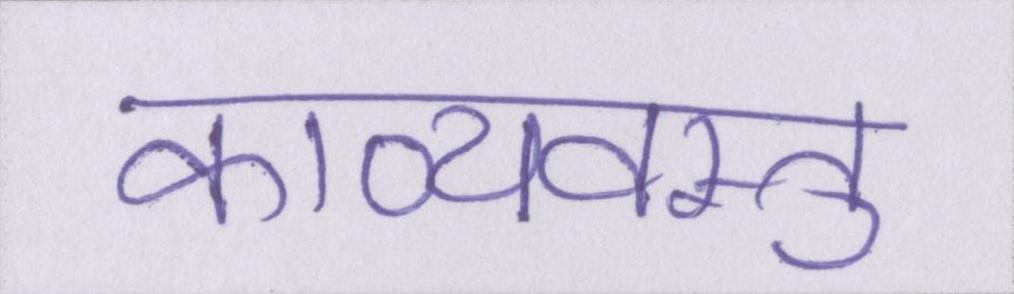
काव्यवस्तु